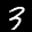
Label: 3